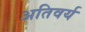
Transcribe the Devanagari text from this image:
अतिवर्य